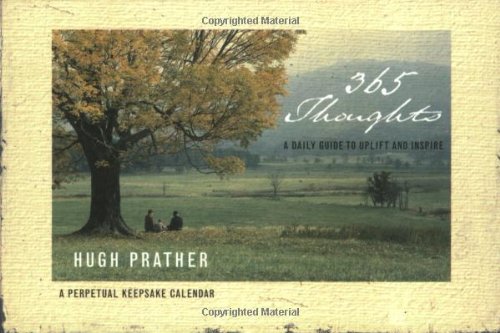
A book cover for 365 Thoughts : A Daily Guide to Uplift and Inspire (Perpetual Calendar); Hugh Prather; Calendars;